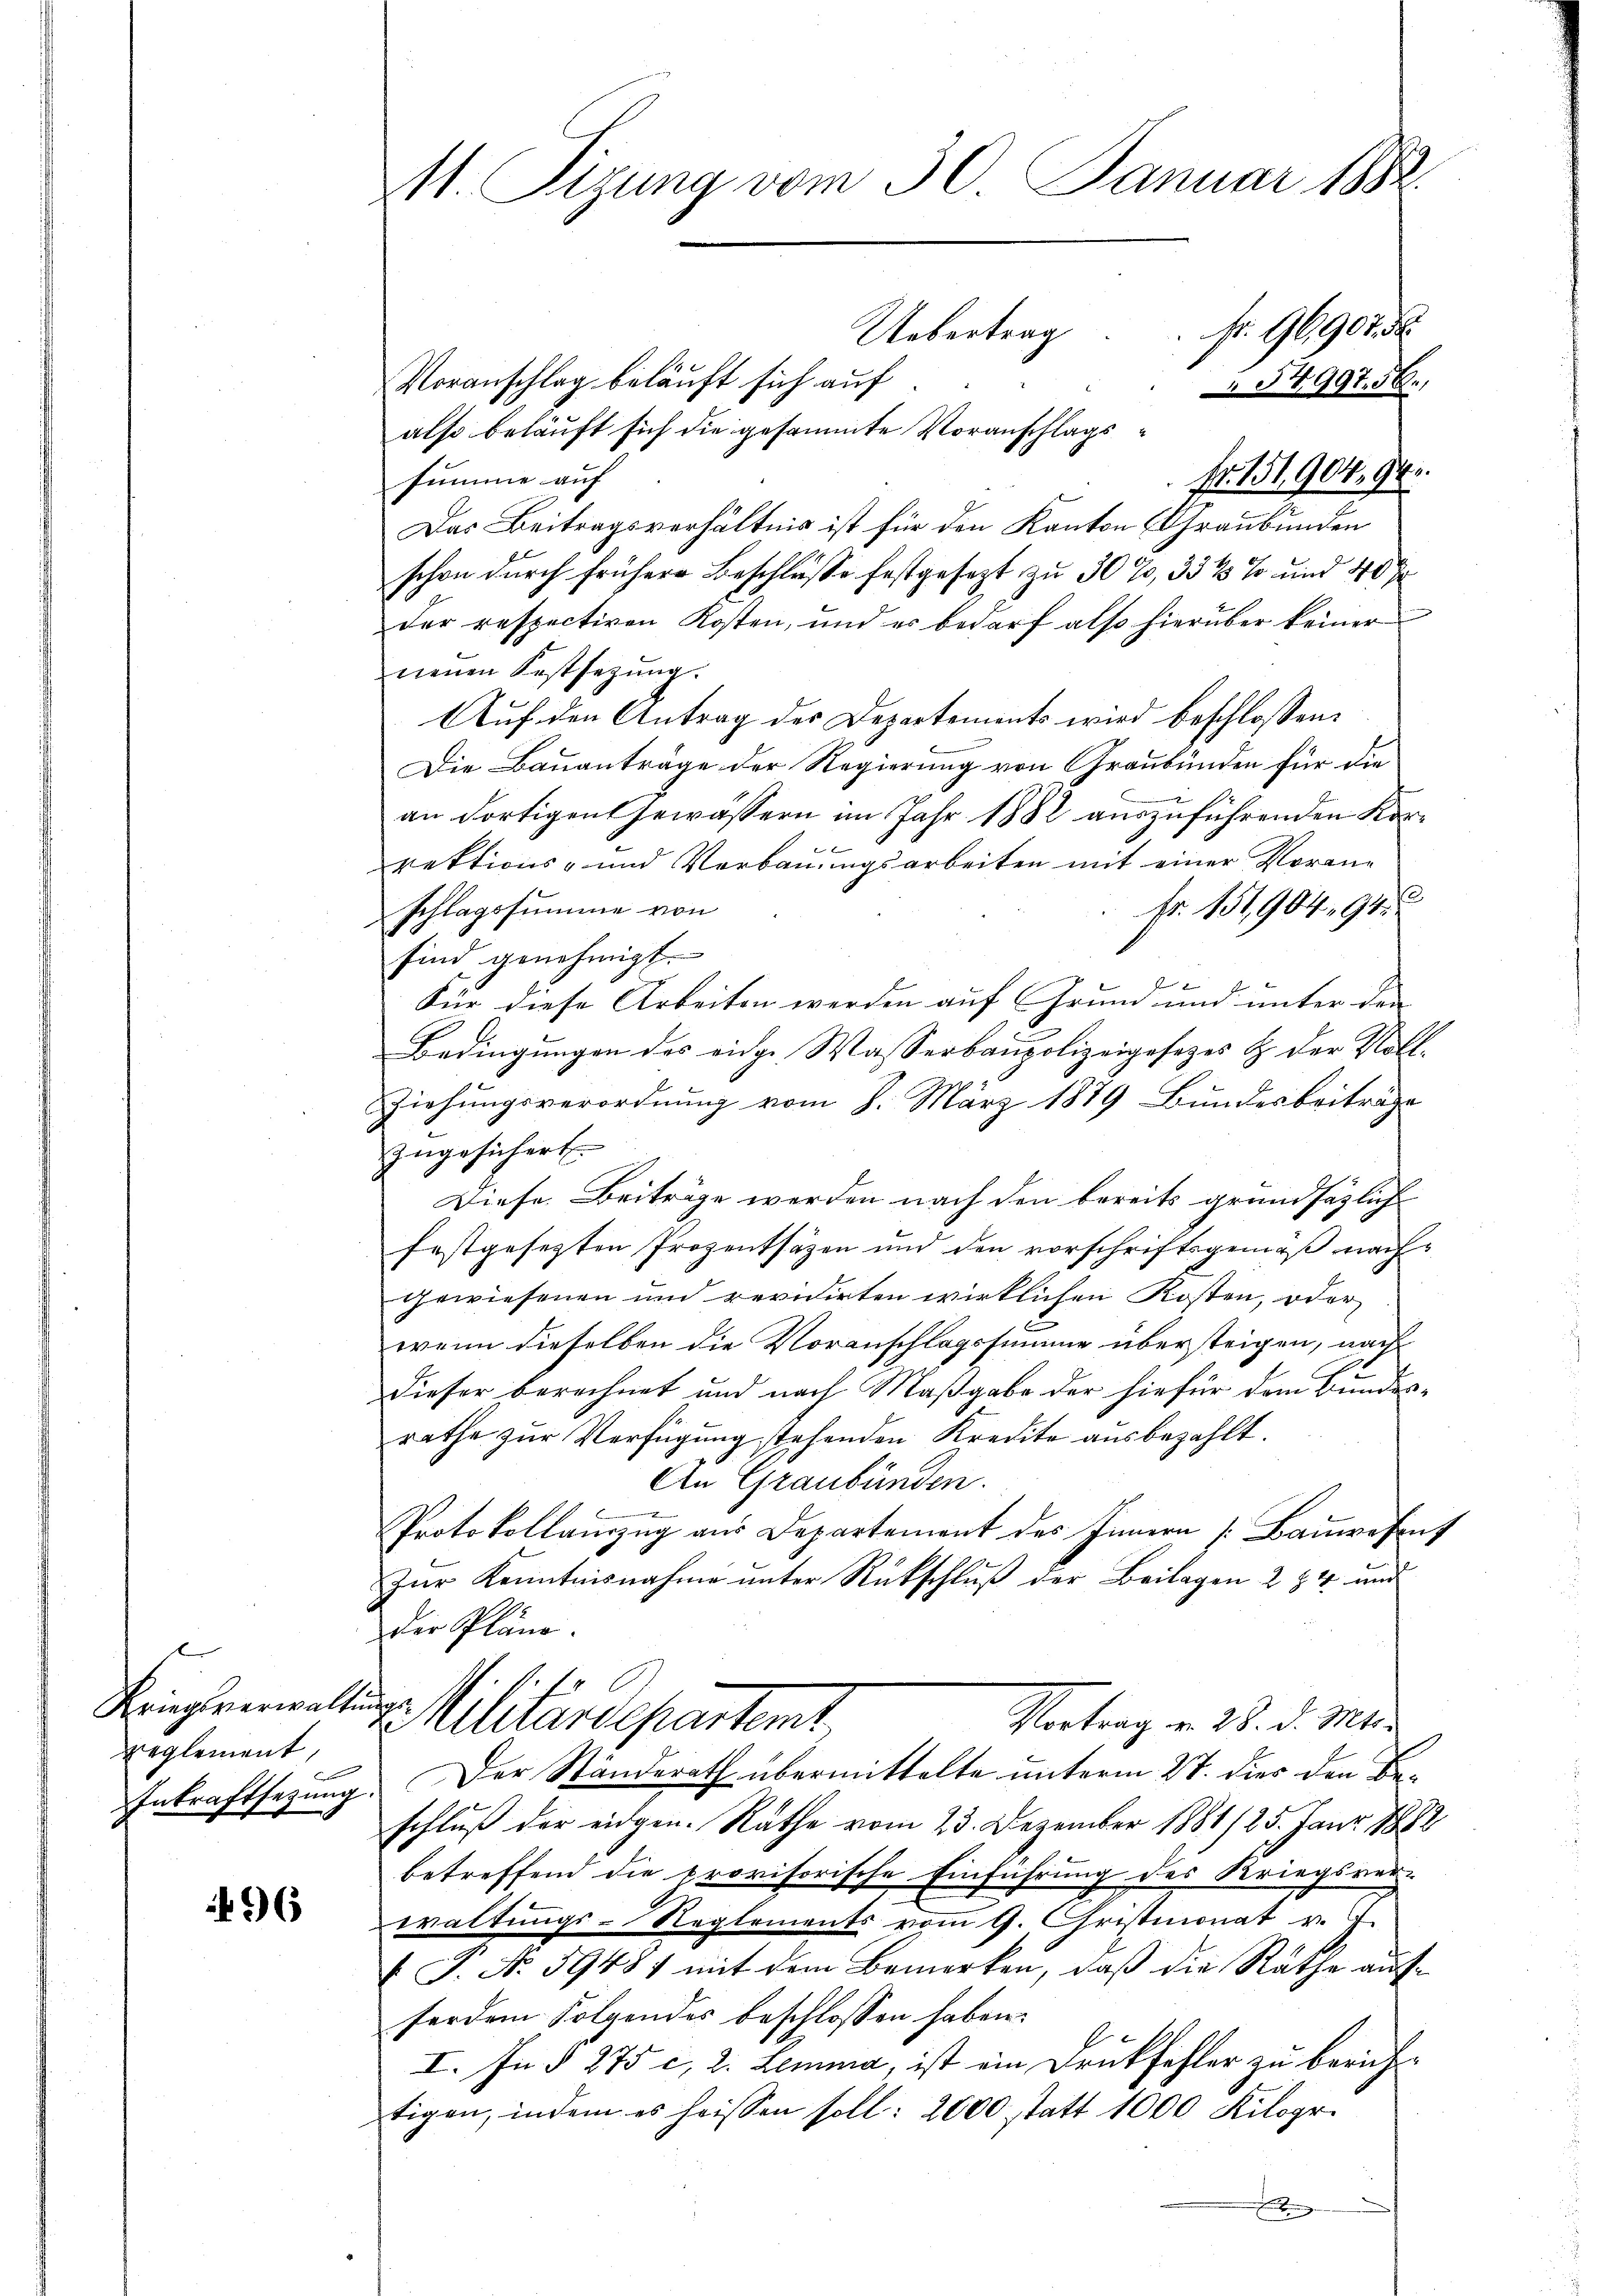
reglement,

96

11. Sizung vom 30. Januar 1882.
Uebertrag . . fr. 96907 d
Voranschlag beläuft sich auf
54997. 56.
also beläuft sich die gesammte Voranschlags¬
Fr. 151,904. 94.
summe auf

Das Beitragsverhältnis ist für den Kanton Graubünden
schon durch frühere Beschlusse festgesezt zu 30%, 35 4 % und 40 J
der respectiven Kosten, und es bedarf also hierüber keiner
neŭen Festsetzŭng.
Auf den Antrag des Departements wird beschlossen:
Die Bauanträge der Regierung von Graubünden für die
an Fortigen Gewässern im Jahr 1882 auszuführenden Kor¬

rektions- und Verbauungsarbeiten mit einer Voran¬
Fr. 151,904, 91
schlagssumme von
sind genehmigt.
Für diese Arbeiten werden auf Grund und unter den
Bedingungen des eidge Wasserbaupolizeigesezes & der Voll-
Ziehungsverordnung vom 8. März 1879 Bundesbeiträge
zŭgesichert.
Diese Beiträge werden nach den bereits grundsätzlich
festgesetzten Prozentsäzen und den vorschriftsgemäß nachgewiesenen und revidirten wirklichen Kosten, oder
wenn dieselben die Voranschlagssumme übersteigen, nach
dieser berechnet und nach Maßgabe der hiefür dem Bundes-
rathe zur Verfügung stehenden Kredite ausbezahlt.
An Graubünden.

Protokollauszug aus Departement des Innern [Bauwesent
Zur Kenntnisnahme unter Rückschluß der Beilagen 2 § 4 und
Der Pläne.
b
Kriegsverwaltunge Militärdepartemt
Vortrag v. 28. d. Mts.
Inkraftsetzung. Der Ständerath übermittelte unterm 27. dies den Beschluß der eidgen. Rathe vom 23. Dezember 1881/25. Janr. 1882
betreffend die provisorische Einführung des Kriegsver-
waltungs-Reglements vom 9. Christmonat v. J.
 P. No. 59481 mit dem Bemerken, daß die Räthe aufferden Folgendes beschlossen haben.
I. In § 275 c, 2. Lemma, ist ein Druckfehler zu berichttigen, indem es heissen soll: 2000 statt 1000 Kilogr.
b